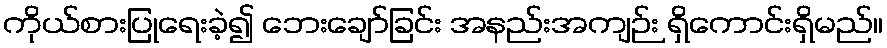
ကိုယ်စားပြုရေးခဲ့၍ ဘေးချော်ခြင်း အနည်းအကျဉ်း ရှိကောင်းရှိမည်။